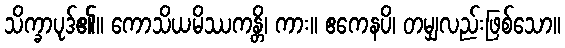
သိက္ခာပုဒ်၏။ ကောသိယမိဿကန္တိ၊ ကား။ ဧကေနပိ၊ တမျှလည်းဖြစ်သော။